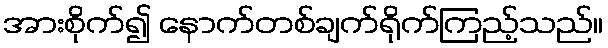
အားစိုက်၍ နောက်တစ်ချက်ရိုက်ကြည့်သည်။